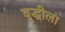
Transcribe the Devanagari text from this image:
वृद्धीला